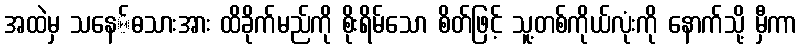
အထဲမှ သနေ်ဓသားအား ထိခိုက်မည်ကို စိုးရိမ်သော စိတ်ဖြင့် သူ့တစ်ကိုယ်လုံးကို နောက်သို့ မှီကာ